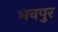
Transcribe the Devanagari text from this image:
भवपुर